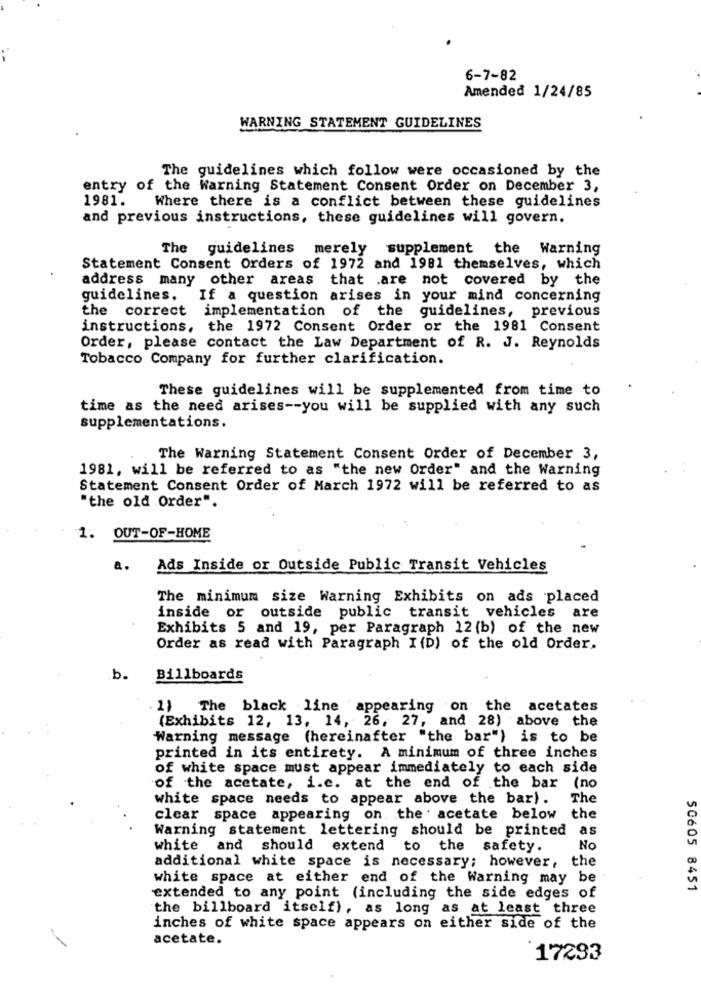
6-7-82
Amended 1/24/85
WARNING STATEMENT GUIDELINES
The guidelines which follow were occasioned by the
entry of the Warning Statement Consent Order on December 3,
1981.
Where there is a conflict between these guidelines
and previous instructions, these guidelines will govern.
The
guidelines merely supplement the Warning
Statement Consent Orders of 1972 and 1981 themselves, which
address many other areas that are not covered by the
guidelines.
If a question arises in your mind concerning
the correct implementation of the guidelines, previous
instructions, the 1972 Consent Order or the 1981 Consent
Order, please contact the Law Department of R. J. Reynolds
Tobacco Company for further clarification.
These guidelines will be supplemented from time to
time as the need arises -- you will be supplied with any such
supplementations.
The Warning Statement Consent Order of December 3,
1981, will be referred to as "the new Order" and the Warning
Statement Consent Order of March 1972 will be referred to as
"the old Order".
1. OUT-OF-HOME
a.
Ads Inside or Outside Public Transit Vehicles
The minimum size Warning Exhibits on ads placed
inside or outside public transit vehicles are
Exhibits 5 and 19, per Paragraph 12 (b) of the new
Order as read with Paragraph I (D) of the old Order.
b
Billboards
1) The black line appearing on the acetates
(Exhibits 12, 13, 14, 26, 27, and 28) above the
Warning message (hereinafter "the bar") is to be
printed in its entirety. A minimum of three inches
of white space must appear immediately to each side
of the acetate, i.c. at the end of the bar (no
white space needs to appear above the bar).
The
clear
space appearing on, the acetate below the
Warning statement lettering should be printed as
white and should extend to the safety.
No
additional white space is necessary; however, the
white space at either end of the Warning may be
50605 8451
extended to any point (including the side edges of
the billboard itself), as long as at least three
inches of white space appears on either side of the
- -
acetate.
17293